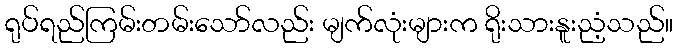
ရုပ်ရည်ကြမ်းတမ်းသော်လည်း မျက်လုံးများက ရိုးသားနူးညံ့သည်။